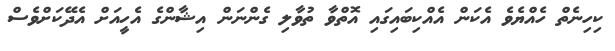
ކިހިނެތް ހެއްޔެވެ އެކަން އެއްކިބައިގައި އޮތްވާ ތުވާލި ގެންނަން އިޝާންގެ އެހީއަށް އެދޭކަށްވެސް